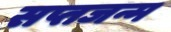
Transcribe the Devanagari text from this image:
सप्तजन्म